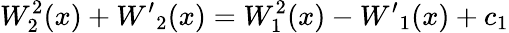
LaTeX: W_{2}^{2}(x)+{W^{\prime}}_{2}(x)=W_{1}^{2}(x)-{W^{\prime}}_{1}(x)+c_{1}